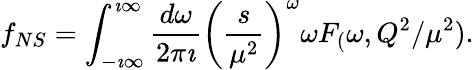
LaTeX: f_{NS}=\int_{-\imath\infty}^{\imath\infty}\frac{d\omega}{2\pi\imath}\left(\frac{s}{\mu^{2}}\right)^{\omega}\omega F_{(}\omega,Q^{2}/\mu^{2}).